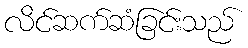
လိင်ဆက်ဆံခြင်းသည်